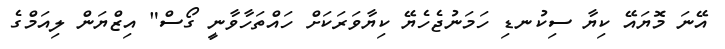
އޭނަ މޮޔައޭ ކިޔާ ސިކުނޑި ހަމަނުޖެހެޔޭ ކިޔާވަރަކަށް ހައްތަހާވާނީ ގޯސް" އިޒްޔަން ލިއަމްގެ